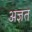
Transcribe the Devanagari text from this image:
अज्ञत